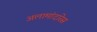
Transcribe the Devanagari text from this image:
अलामांदारेस